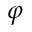
\varphi